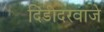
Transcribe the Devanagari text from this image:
दिंडीदरवाजे